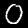
Digit: 0